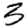
Digit: 3